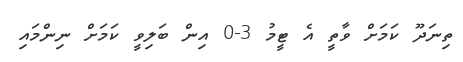
ތިނަދޫ ކަމަށް ވާތީ އެ ޓީމު 3-0 އިން ބަލިވީ ކަމަށް ނިންމައި